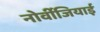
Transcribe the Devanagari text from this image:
नोर्वीजियाई